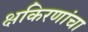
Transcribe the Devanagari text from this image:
क्षकिरणांचा